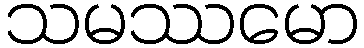
သမဿမော